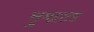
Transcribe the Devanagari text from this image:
सुमद्राला